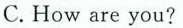
C. How are you?